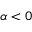
\alpha < 0